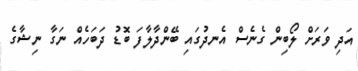
އަދި ވަރަށް ލޯބިން ގެނެސް އެނދުގައި ބޭންދާލާފަ ބޮޑު ދަބަހެއް ނަގާ ނިޝާގެ